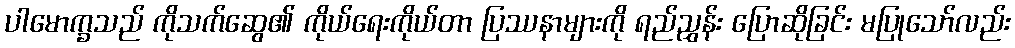
ပါမောက္ခသည် ကိုသက်ဆွေ၏ ကိုယ်ရေးကိုယ်တာ ပြဿနာများကို ရည်ညွှန်း ပြောဆိုခြင်း မပြုသော်လည်း